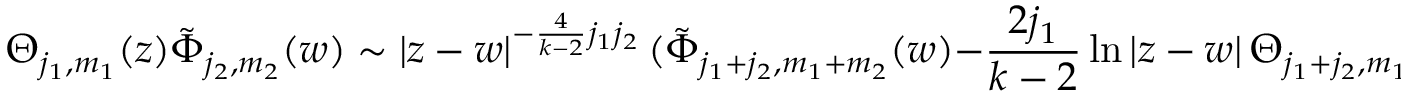
\Theta _ { j _ { 1 } , m _ { 1 } } ( z ) \tilde { \Phi } _ { j _ { 2 } , m _ { 2 } } ( w ) \sim \left| z - w \right| ^ { - \frac 4 { k - 2 } j _ { 1 } j _ { 2 } } ( \tilde { \Phi } _ { j _ { 1 } + j _ { 2 } , m _ { 1 } + m _ { 2 } } ( w ) - \frac { 2 j _ { 1 } } { k - 2 } \ln \left| z - w \right| \Theta _ { j _ { 1 } + j _ { 2 } , m _ { 1 } + m _ { 2 } } ( w ) ) + . . .